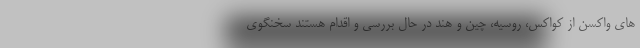
های واکسن از کواکس، روسیه، چین و هند در حال بررسی و اقدام هستند سخنگوی